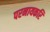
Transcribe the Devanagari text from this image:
परनायकरि